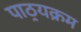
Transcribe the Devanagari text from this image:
पाठ्रयक्रम